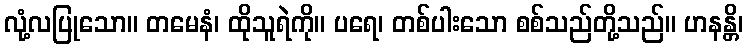
လုံ့လပြုသော။ တမေနံ၊ ထိုသူရဲကို။ ပရေ၊ တစ်ပါးသော စစ်သည်တို့သည်။ ဟနန္တိ၊